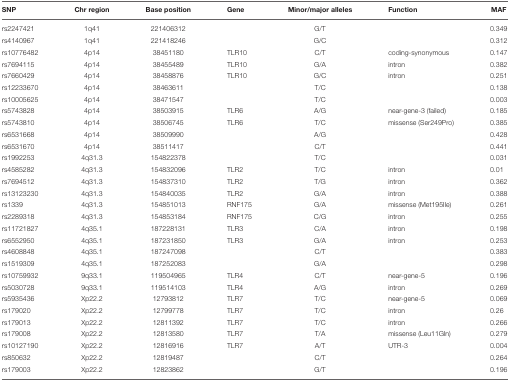
<table><thead><tr><td><b>SNP</b></td><td><b>Chr region</b></td><td><b>Base position</b></td><td><b>Gene</b></td><td><b>Minor/major alleles</b></td><td><b>Function</b></td><td><b>MAF</b></td></tr></thead><tbody><tr><td>rs2247421</td><td>1q41</td><td>221406312</td><td></td><td>G/T</td><td></td><td>0.349</td></tr><tr><td>rs4140967</td><td>1q41</td><td>221418246</td><td></td><td>G/C</td><td></td><td>0.312</td></tr><tr><td>rs10776482</td><td>4p14</td><td>38451180</td><td>TLR10</td><td>C/T</td><td>coding-synonymous</td><td>0.147</td></tr><tr><td>rs7694115</td><td>4p14</td><td>38455489</td><td>TLR10</td><td>G/A</td><td>intron</td><td>0.382</td></tr><tr><td>rs7660429</td><td>4p14</td><td>38458876</td><td>TLR10</td><td>G/C</td><td>intron</td><td>0.251</td></tr><tr><td>rs12233670</td><td>4p14</td><td>38463611</td><td></td><td>T/C</td><td></td><td>0.138</td></tr><tr><td>rs10005625</td><td>4p14</td><td>38471547</td><td></td><td>T/C</td><td></td><td>0.003</td></tr><tr><td>rs5743828</td><td>4p14</td><td>38503915</td><td>TLR6</td><td>A/G</td><td>near-gene-3 (failed)</td><td>0.185</td></tr><tr><td>rs5743810</td><td>4p14</td><td>38506745</td><td>TLR6</td><td>T/C</td><td>missense (Ser249Pro)</td><td>0.385</td></tr><tr><td>rs6531668</td><td>4p14</td><td>38509990</td><td></td><td>A/G</td><td></td><td>0.428</td></tr><tr><td>rs6531670</td><td>4p14</td><td>38511417</td><td></td><td>C/T</td><td></td><td>0.441</td></tr><tr><td>rs1992253</td><td>4q31.3</td><td>154822378</td><td></td><td>T/C</td><td></td><td>0.031</td></tr><tr><td>rs4585282</td><td>4q31.3</td><td>154832096</td><td>TLR2</td><td>T/C</td><td>intron</td><td>0.01</td></tr><tr><td>rs7694512</td><td>4q31.3</td><td>154837310</td><td>TLR2</td><td>T/G</td><td>intron</td><td>0.362</td></tr><tr><td>rs13123230</td><td>4q31.3</td><td>154840035</td><td>TLR2</td><td>G/A</td><td>intron</td><td>0.388</td></tr><tr><td>rs1339</td><td>4q31.3</td><td>154851013</td><td>RNF175</td><td>G/A</td><td>missense (Met195Ile)</td><td>0.261</td></tr><tr><td>rs2289318</td><td>4q31.3</td><td>154853184</td><td>RNF175</td><td>C/G</td><td>intron</td><td>0.255</td></tr><tr><td>rs11721827</td><td>4q35.1</td><td>187228131</td><td>TLR3</td><td>C/A</td><td>intron</td><td>0.198</td></tr><tr><td>rs6552950</td><td>4q35.1</td><td>187231850</td><td>TLR3</td><td>G/A</td><td>intron</td><td>0.253</td></tr><tr><td>rs4608848</td><td>4q35.1</td><td>187247098</td><td></td><td>C/T</td><td></td><td>0.383</td></tr><tr><td>rs1519309</td><td>4q35.1</td><td>187252083</td><td></td><td>G/A</td><td></td><td>0.298</td></tr><tr><td>rs10759932</td><td>9q33.1</td><td>119504965</td><td>TLR4</td><td>C/T</td><td>near-gene-5</td><td>0.196</td></tr><tr><td>rs5030728</td><td>9q33.1</td><td>119514103</td><td>TLR4</td><td>A/G</td><td>intron</td><td>0.269</td></tr><tr><td>rs5935436</td><td>Xp22.2</td><td>12793812</td><td>TLR7</td><td>T/C</td><td>near-gene-5</td><td>0.069</td></tr><tr><td>rs179020</td><td>Xp22.2</td><td>12799778</td><td>TLR7</td><td>T/C</td><td>intron</td><td>0.26</td></tr><tr><td>rs179013</td><td>Xp22.2</td><td>12811392</td><td>TLR7</td><td>T/C</td><td>intron</td><td>0.266</td></tr><tr><td>rs179008</td><td>Xp22.2</td><td>12813580</td><td>TLR7</td><td>T/A</td><td>missense (Leu11Gln)</td><td>0.279</td></tr><tr><td>rs10127190</td><td>Xp22.2</td><td>12816916</td><td>TLR7</td><td>A/T</td><td>UTR-3</td><td>0.004</td></tr><tr><td>rs850632</td><td>Xp22.2</td><td>12819487</td><td></td><td>C/T</td><td></td><td>0.264</td></tr><tr><td>rs179003</td><td>Xp22.2</td><td>12823862</td><td></td><td>G/T</td><td></td><td>0.196</td></tr></tbody></table>